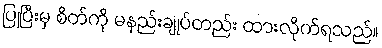
ပြုပြီးမှ စိတ်ကို မနည်းချုပ်တည်း ထားလိုက်ရသည်။